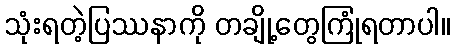
သုံးရတဲ့ပြဿနာကို တချို့တွေကြုံရတာပါ။